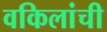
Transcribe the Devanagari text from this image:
वकिलांची